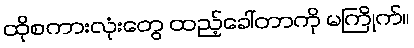
ထိုစကားလုံးတွေ ထည့်ခေါ်တာကို မကြိုက်။